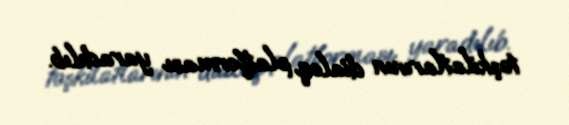
təşkilatlarının dialoq platforması yaradılıb.